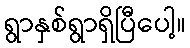
ရွာနှစ်ရွာရှိပြီပေါ့။